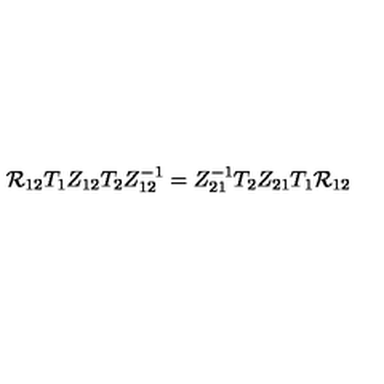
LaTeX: { \cal R } _ { 1 2 } T _ { 1 } Z _ { 1 2 } T _ { 2 } Z _ { 1 2 } ^ { - 1 } = Z _ { 2 1 } ^ { - 1 } T _ { 2 } Z _ { 2 1 } T _ { 1 } { \cal R } _ { 1 2 }